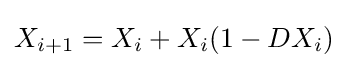
X_{i+1}=X_{i}+X_{i}(1-DX_{i})